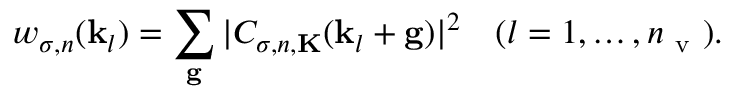
w _ { \sigma , n } ( \mathbf { k } _ { l } ) = \sum _ { \mathbf { g } } | C _ { \sigma , n , \mathbf { K } } ( \mathbf { k } _ { l } + \mathbf { g } ) | ^ { 2 } \quad ( l = 1 , \ldots , n _ { \mathrm { ~ v ~ } } ) .